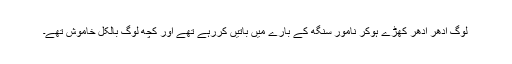
لوگ ادھر ادھر کھڑے ہوکر نامور سنگھ کے بارے میں باتیں کررہے تھے اور کچھ لوگ بالکل خاموش تھے۔